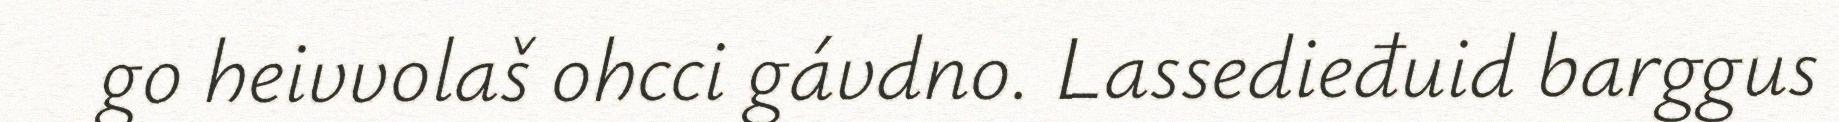
go heivvolaš ohcci gávdno. Lassedieđuid barggus